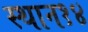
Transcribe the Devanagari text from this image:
स्थान१४